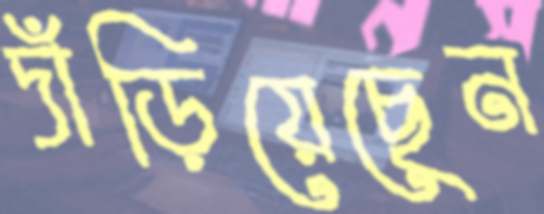
দাঁড়িয়েছেন